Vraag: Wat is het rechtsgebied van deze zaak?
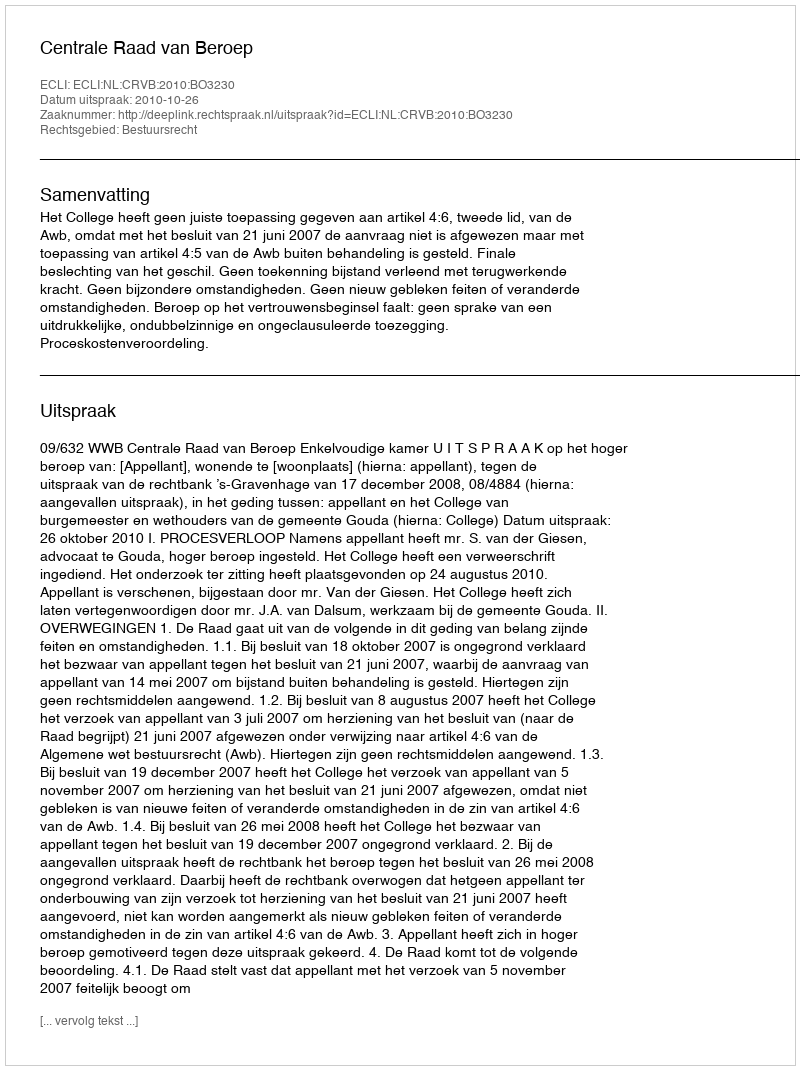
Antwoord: Bestuursrecht